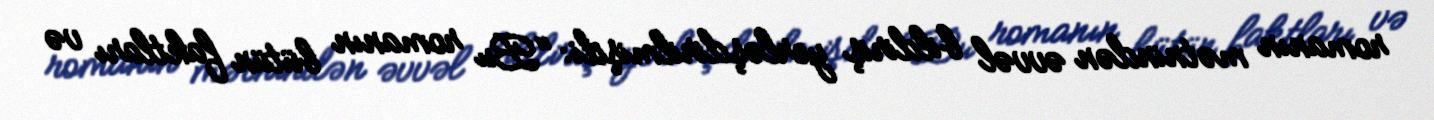
romanın mətnindən əvvəl bildiriş yerləşdirilmişdi: "Bu romanın bütün faktları və